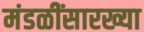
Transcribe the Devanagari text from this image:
मंडळींसारख्या